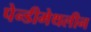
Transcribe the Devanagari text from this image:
पेन्‍डीमेथलीन